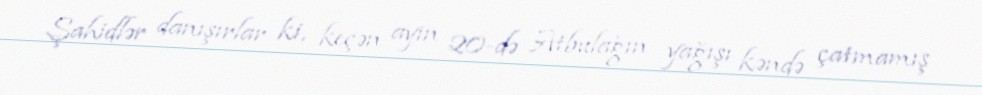
Şahidlər danışırlar ki, keçən ayın 20-də Atbulağın yağışı kəndə çatmamış